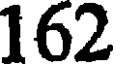
162